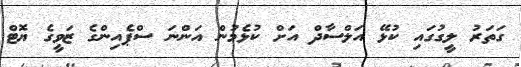
ގަތަރު ލީގުގައި ކުޅޭ އަލްސާދް އަށް ކުޅެމުން އަންނަ ސްޕެއިންގެ ޒަވީގެ ޔޮޓް